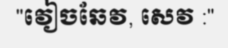
"វៀចឆែវ, សេវ :"